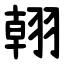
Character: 䎐